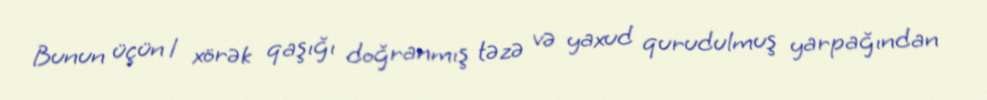
Bunun üçün 1 xörək qaşığı doğranmış təzə və yaxud qurudulmuş yarpağından